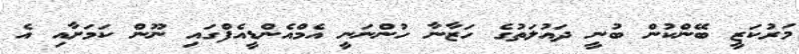
މަރުކަޒީ ބޭންކުން ބުނީ ދައުލަތުގެ ހަޒާނާ ހުންނަނީ އެމްއެންޑީއެފްގައި ނޫން ކަމަށާއި އެ